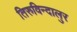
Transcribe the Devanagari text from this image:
तिरुविन्दालुर